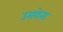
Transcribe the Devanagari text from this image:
उमगेना